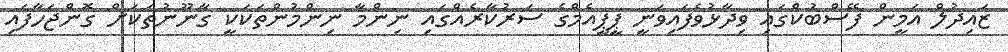
ޒައިދުލް އަމީން ފޭސްބުކްގައި ވިދާޅުވެފައިވަނީ ޕީޕީއެމްގެ ސަރުކާރެއްގައި ނިންމާ ނިންމުންތަކަކީ ގާނޫނުތަކަށް ގޮންޖަހާފައި